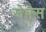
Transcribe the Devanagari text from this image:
जेफ्स